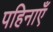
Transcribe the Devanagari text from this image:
पहिनाएँ